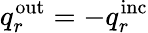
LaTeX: q_{r}^{\mathrm{out}}=-q_{r}^{\mathrm{inc}}